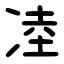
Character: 㓐